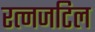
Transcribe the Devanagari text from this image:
रत्नजटिल